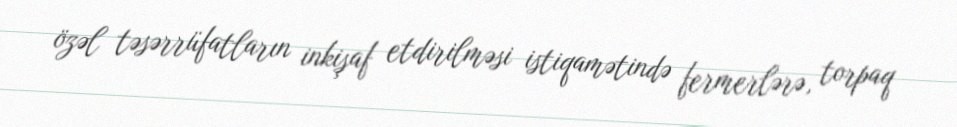
özəl təsərrüfatların inkişaf etdirilməsi istiqamətində fermerlərə, torpaq